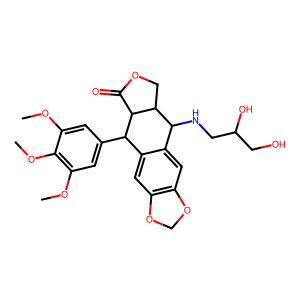
SMILES: COc1cc(C2c3cc4c(cc3C(NCC(O)CO)C3COC(=O)C23)OCO4)cc(OC)c1OC
Inhibits HIV replication: No